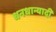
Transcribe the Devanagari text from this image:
धनधान्यादी